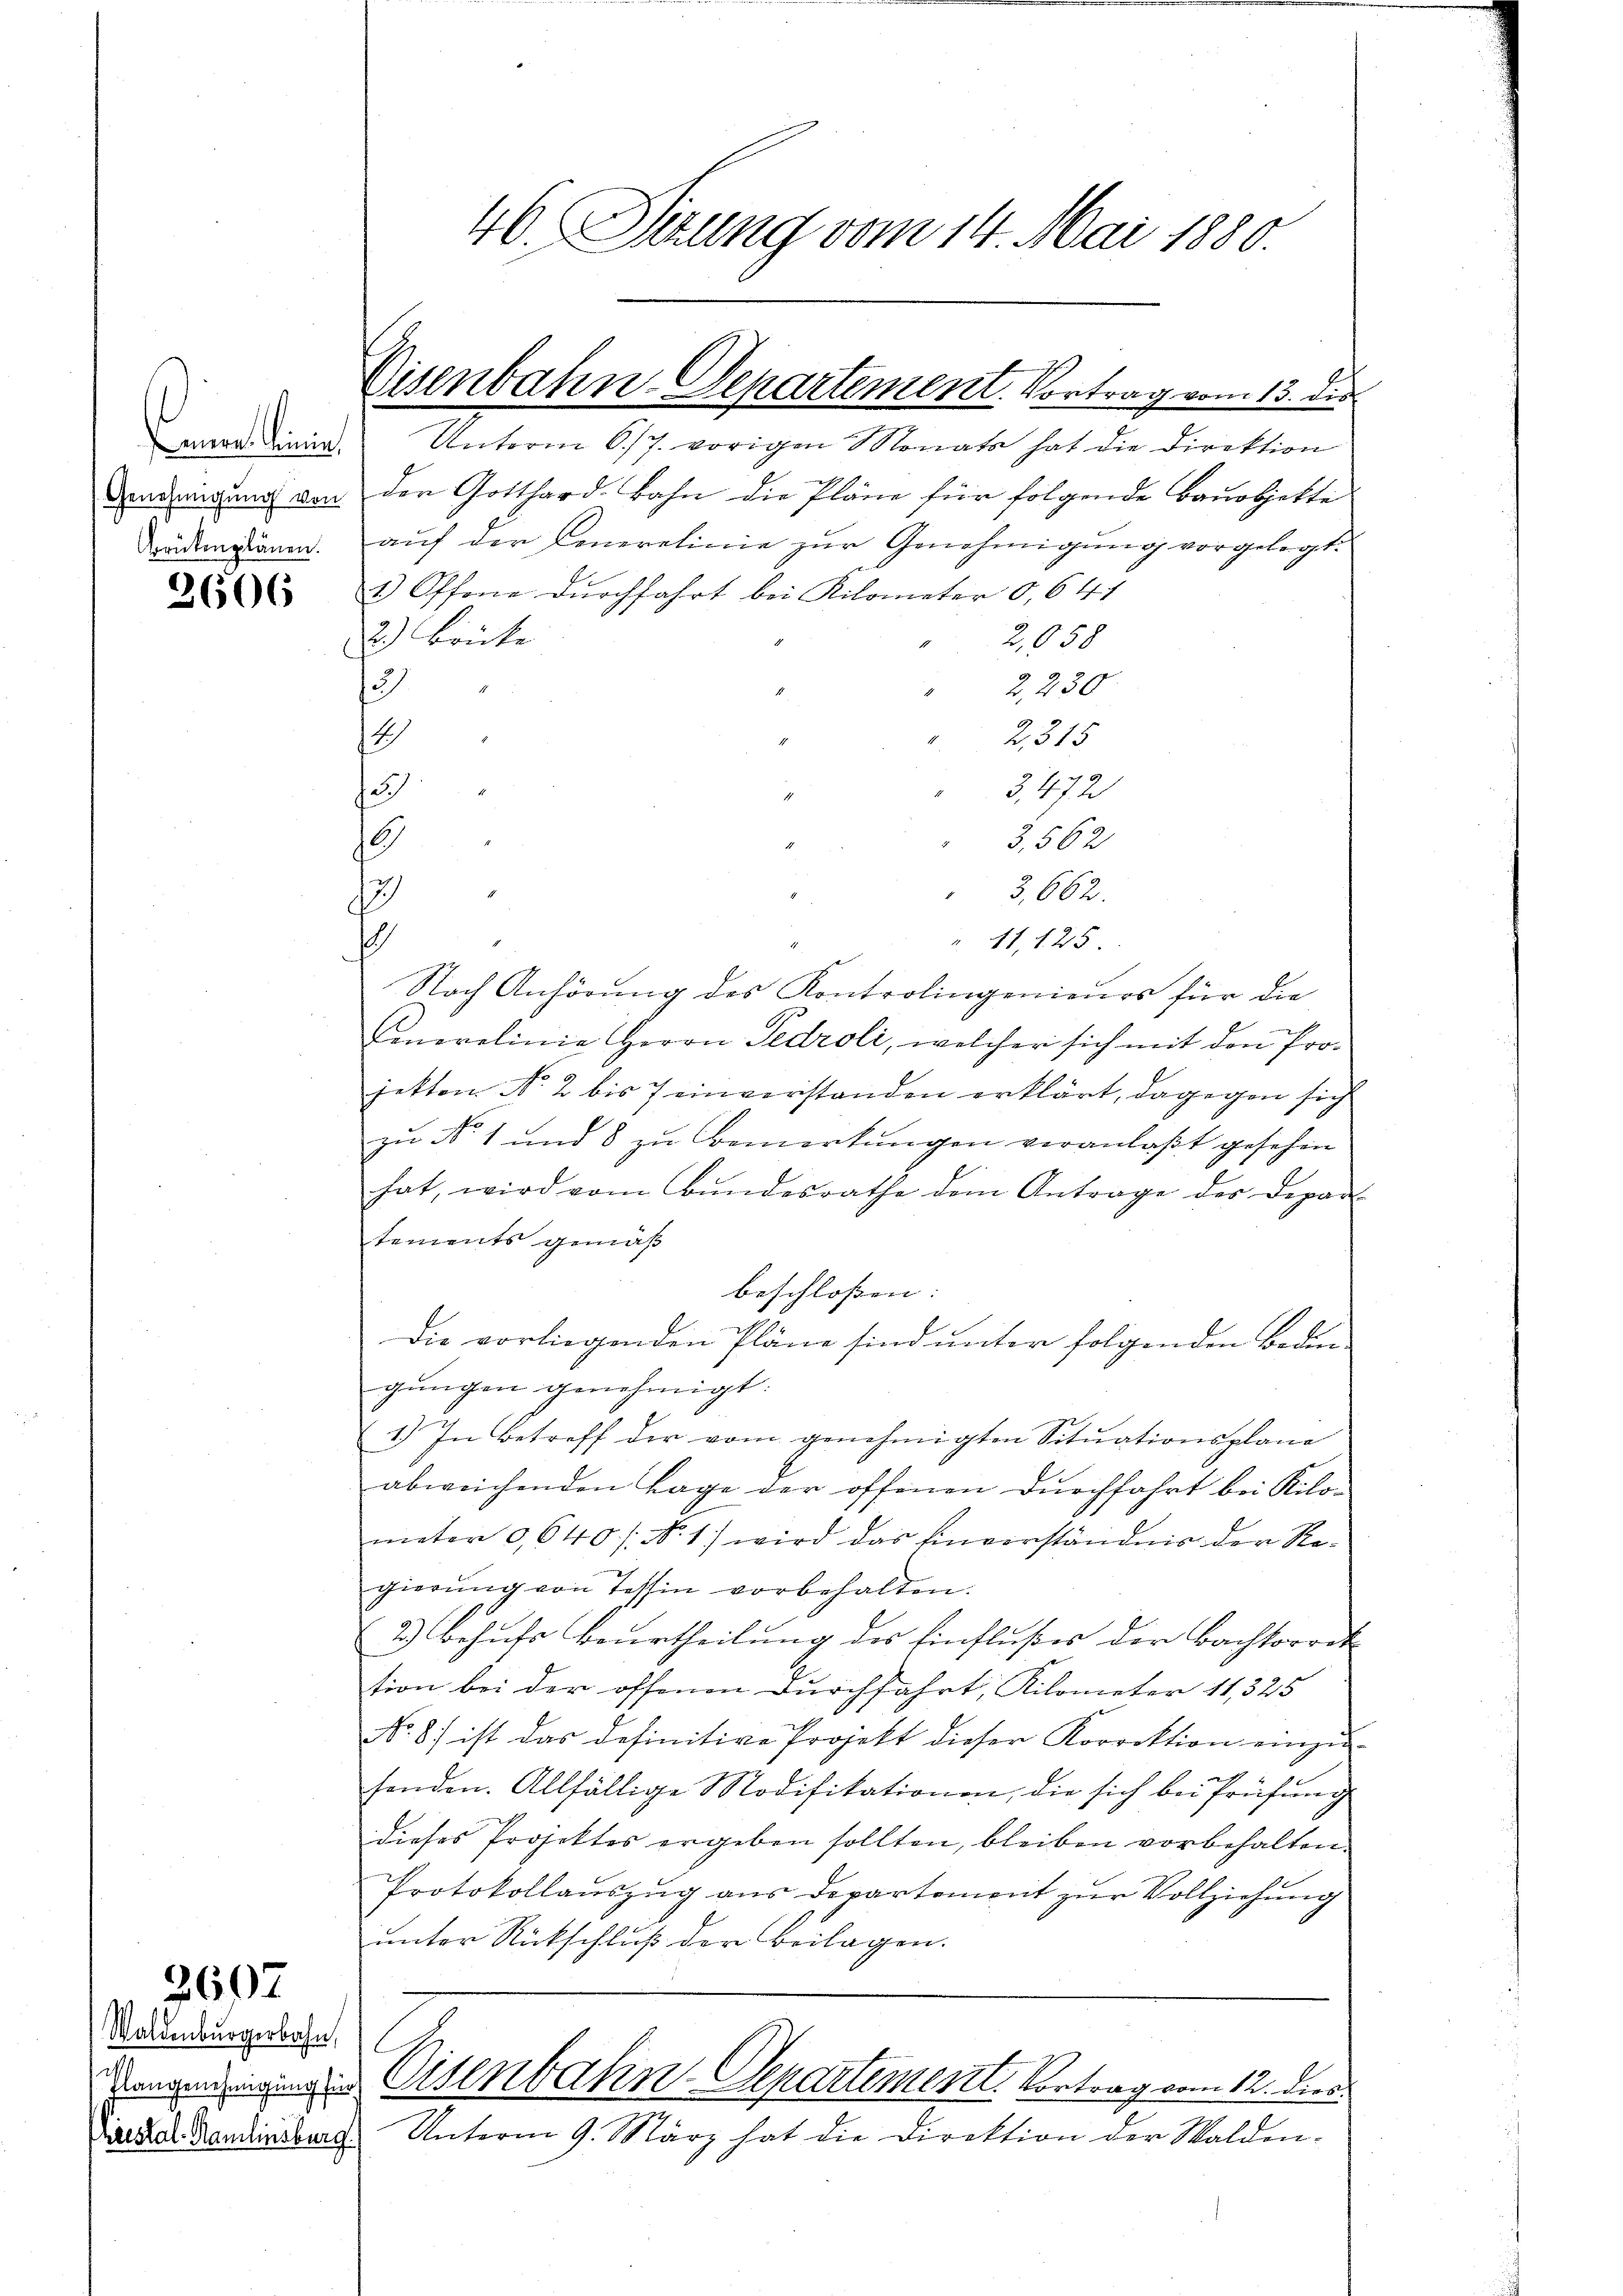
amner Linie

2607

Waldenburgerbahn,

Unterm 6/7. vorigen Monats hat die Direktion
Dendigung von den Gotthard. Bahn die Pläne für folgende Bauobjekte
üdemann auf der Cenerelinie zur Genehmigung vorgelegt.
 3 Offene durchfahrt bei Kilometer O. 641
2.) Brüke
2,058
2,230
u
2
2,315
3,472
u
3,562
8
3,662.
1
11, 125
.
Nach Anhörung des Kontrolingenieurs für die
Emnerolinie Herrn Gedroli, welcher sich mit den Projekten Nr. 2 bis 7 einverstanden erklärt, dagegen sich
zu No 1 und 8 zu Bemerkungen veranlaßt gesehen
hat, wird vom Bundesrathe dem Antrage der Depar-
tements gemäß
beschlossen: |
Die vorliegenden Pläne sind unter folgenden Bedin-
gungen genehmigt.
1.) In Betreff der vom genehmigten Sitŭationsplane
abweichenden Lage der offenen Durchfahrt bei Kilo-
mator 0,640/: No 1) wird das Einverständnis der Regierŭng von Tessin vorbehalten.
2) behufs Beurtheilung des Einflußes der Bachtorrek
tion bei der offenen Durchfahrt, Kilometer 11,325
No. 87 ist das definitive Projekt dieser Korrektion einzŭ-
senden. Allfällige Modifikationen, die sich bei Prüfung
dieses Projektes ergeben sollten, bleiben vorbehalten.
Protokollauszug aus Departement zur Vollziehung
unter Rückschluß der Beilagen.
Bangeneigung in Eisenbahn-Departement. Vortrag vom 12. dies
Dieder Handenburg. Unterm 9. März hat die Direktion der Walden-

Eisenbahn-Departement. Vortrag vom 13. die

46. Sitzung vom 14. Mai 1880.